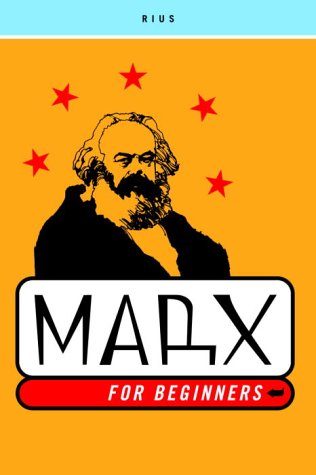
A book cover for Marx for Beginners; Rius; Biographies & Memoirs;